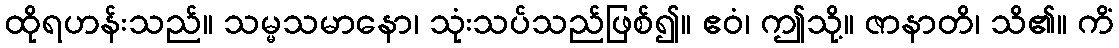
ထိုရဟန်းသည်။ သမ္မသမာနော၊ သုံးသပ်သည်ဖြစ်၍။ ဧဝံ၊ ဤသို့။ ဇာနာတိ၊ သိ၏။ ကိံ